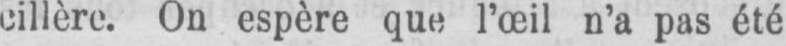
cillère. On espère que l’œil n’a pas été